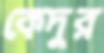
কেদুর